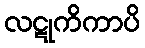
လဋုကိကာပိ